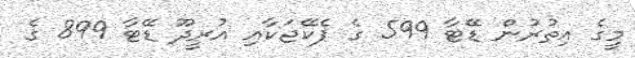
މީގެ އިތުރުން ޑޭޓާ 599 ގެ ޕެކޭޖަކާއި އުރީދޫ ޑޭޓާ 899 ގެ